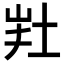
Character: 𡊽